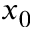
x _ { 0 }